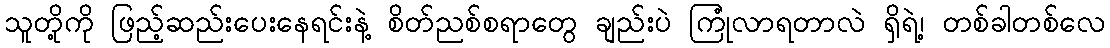
သူတို့ကို ဖြည့်ဆည်းပေးနေရင်းနဲ့ စိတ်ညစ်စရာတွေ ချည်းပဲ ကြုံလာရတာလဲ ရှိရဲ့၊ တစ်ခါတစ်လေ